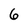
Character: 6